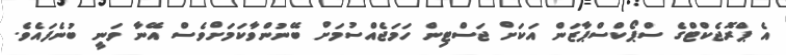
އެ ޕްރޮޖެކްޓްގެ ސްޕޯކްސްޕާޒަން އަކަށް ޖަސްޓިން ހަމަޖެއްސުމަށް ބޭނުންވާކަމަށްވެސް އޭނާ ވަނީ ބުނެފައެވެ.